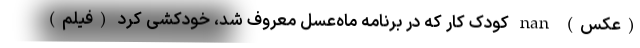
(عکس) nan کودک کار که در برنامه ماه‌عسل معروف شد، خودکشی کرد (فیلم)